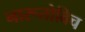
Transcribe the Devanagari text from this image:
नारूतोविच